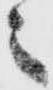
之